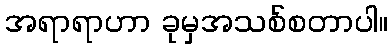
အရာရာဟာ ခုမှအသစ်စတာပါ။